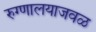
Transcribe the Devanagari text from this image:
रुग्णालयाजवळ